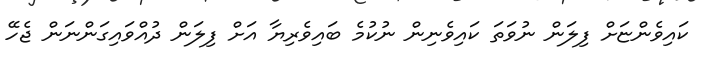
ކައިވެންޏަށް ފިލަން ނުވަތަ ކައިވެނިން ނުކުމެ ބައިވެރިޔާ އަށް ފިލަން ދުއްވައިގަންނަން ޖެހޭ